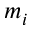
m _ { i }